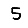
Digit: 5